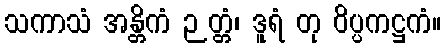
သကာသံ အန္တိကံ ဉတ္တံ၊ ဒူရံ တု ဝိပ္ပကဋ္ဌကံ။